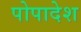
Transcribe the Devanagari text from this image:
पोपादेश